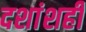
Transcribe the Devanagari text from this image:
दशांशही